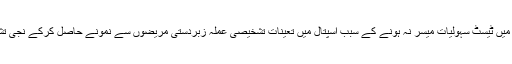
اس بیچ اس طرح کی شکایات مسلسل موصول ہورہی ہیں کہ ضلع میں قائم کئی سرکاری اسپتالوں میں ٹیسٹ سہولیات میسر نہ ہونے کے سبب اسپتال میں تعینات تشخیصی عملہ زبردستی مریضوں سے نمونے حاصل کرکے نجی تشخیص سنٹروں میںکام انجام دیتے ہیں جس دوران مقرر رقم سے زیادہ رقم وصول کی جاتی ہے ۔